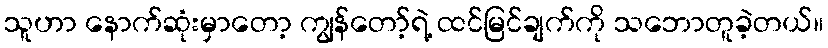
သူဟာ နောက်ဆုံးမှာတော့ ကျွန်တော့်ရဲ့ ထင်မြင်ချက်ကို သဘောတူခဲ့တယ်။